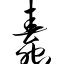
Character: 蠢